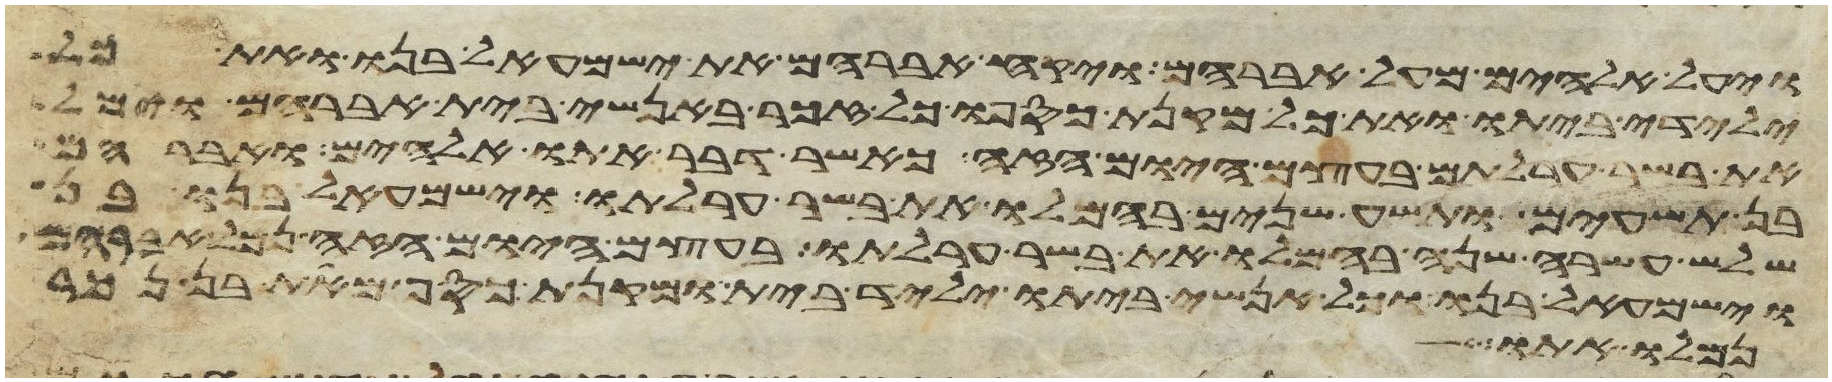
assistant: ויעל אלהים מעל אברהם ויקח אברהם את ישמעאל בנו ואת כל
ילידי ביתו ואת כל מקנת כספו כל זכר באנשי בית אברהם וימל
את בשר ערלתם בעצם היום הזה כאשר דבר אתו אלהים ואברהם
בן תשעים ותשע שנים בהמלו את בשר ערלתו וישמעאל בנו בן
שלש עשרה שנה בהמלו את בשר ערלתו בעצם היום הזה נמל אברהם
וישמעאל בנו וכל אנשי ביתו יליד בית ומקנת כסף מאת בן נכר
נמלו אתו